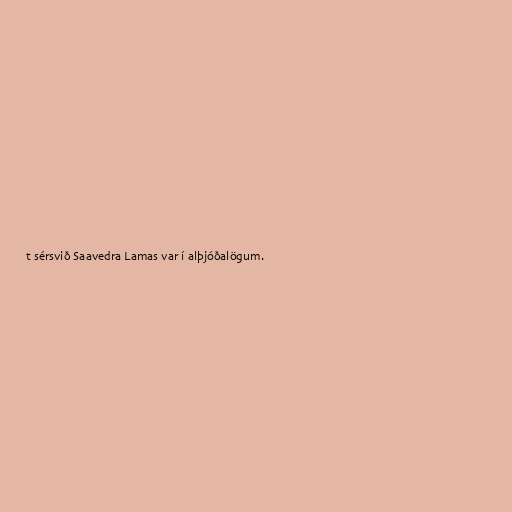
t sérsvið Saavedra Lamas var í alþjóðalögum.